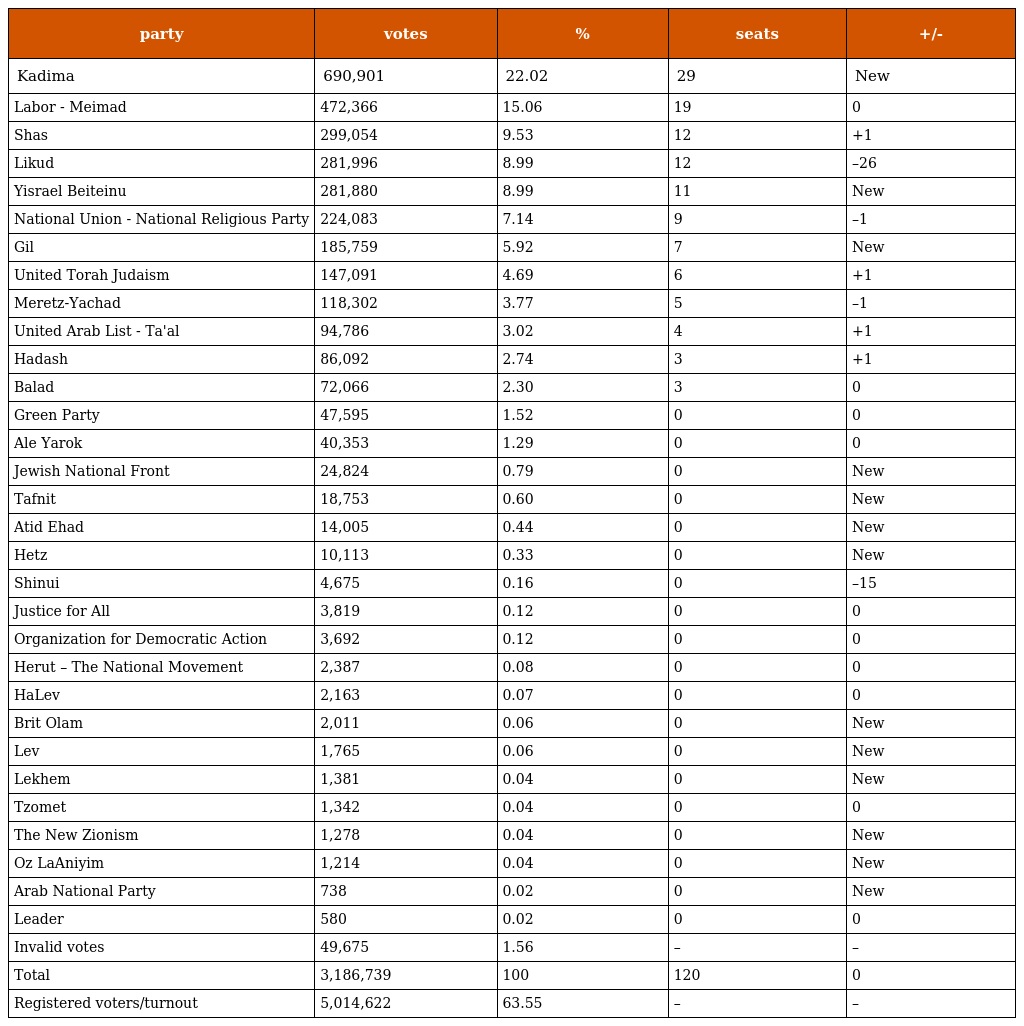
| party | votes | % | seats | +/- |
 | --- | --- | --- | --- | --- |
 | Kadima | 690,901 | 22.02 | 29 | New |
 | Labor - Meimad | 472,366 | 15.06 | 19 | 0 |
 | Shas | 299,054 | 9.53 | 12 | +1 |
 | Likud | 281,996 | 8.99 | 12 | –26 |
 | Yisrael Beiteinu | 281,880 | 8.99 | 11 | New |
 | National Union - National Religious Party | 224,083 | 7.14 | 9 | –1 |
 | Gil | 185,759 | 5.92 | 7 | New |
 | United Torah Judaism | 147,091 | 4.69 | 6 | +1 |
 | Meretz-Yachad | 118,302 | 3.77 | 5 | –1 |
 | United Arab List - Ta'al | 94,786 | 3.02 | 4 | +1 |
 | Hadash | 86,092 | 2.74 | 3 | +1 |
 | Balad | 72,066 | 2.30 | 3 | 0 |
 | Green Party | 47,595 | 1.52 | 0 | 0 |
 | Ale Yarok | 40,353 | 1.29 | 0 | 0 |
 | Jewish National Front | 24,824 | 0.79 | 0 | New |
 | Tafnit | 18,753 | 0.60 | 0 | New |
 | Atid Ehad | 14,005 | 0.44 | 0 | New |
 | Hetz | 10,113 | 0.33 | 0 | New |
 | Shinui | 4,675 | 0.16 | 0 | –15 |
 | Justice for All | 3,819 | 0.12 | 0 | 0 |
 | Organization for Democratic Action | 3,692 | 0.12 | 0 | 0 |
 | Herut – The National Movement | 2,387 | 0.08 | 0 | 0 |
 | HaLev | 2,163 | 0.07 | 0 | 0 |
 | Brit Olam | 2,011 | 0.06 | 0 | New |
 | Lev | 1,765 | 0.06 | 0 | New |
 | Lekhem | 1,381 | 0.04 | 0 | New |
 | Tzomet | 1,342 | 0.04 | 0 | 0 |
 | The New Zionism | 1,278 | 0.04 | 0 | New |
 | Oz LaAniyim | 1,214 | 0.04 | 0 | New |
 | Arab National Party | 738 | 0.02 | 0 | New |
 | Leader | 580 | 0.02 | 0 | 0 |
 | Invalid votes | 49,675 | 1.56 | – | – |
 | Total | 3,186,739 | 100 | 120 | 0 |
 | Registered voters/turnout | 5,014,622 | 63.55 | – | – |